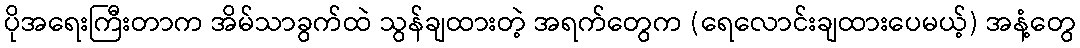
ပိုအရေးကြီးတာက အိမ်သာခွက်ထဲ သွန်ချထားတဲ့ အရက်တွေက (ရေလောင်းချထားပေမယ့်) အနံ့တွေ